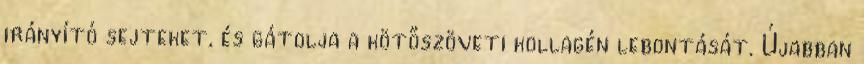
irányító sejteket, és gátolja a kötőszöveti kollagén lebontását. Újabban